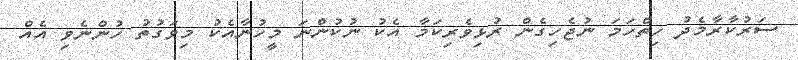
ސަރުކާރާމެދު ހިތްހަމަ ނުޖެހިގެން ރުޅިވެރިކަމާ އެކު ނުކުންނަ މީހުނާއެކު މިވަގުތު ހުންނެވި އެއް